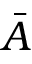
\bar { A }